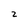
Character: 2